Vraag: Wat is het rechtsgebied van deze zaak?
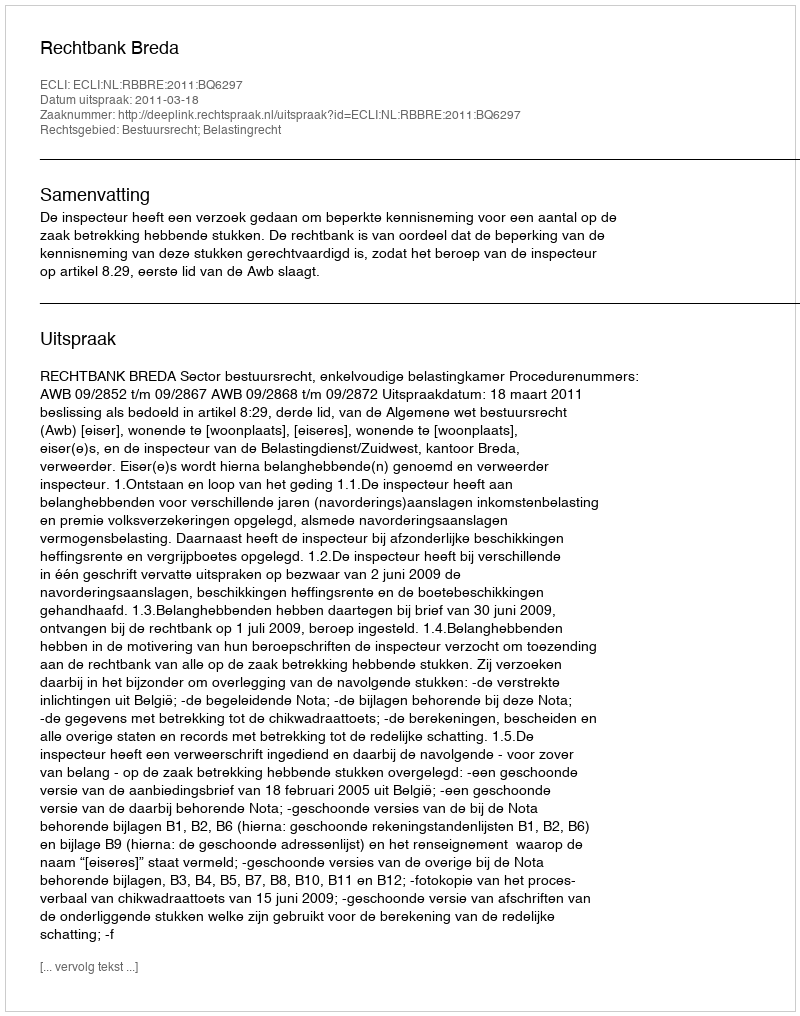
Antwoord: Bestuursrecht; Belastingrecht